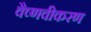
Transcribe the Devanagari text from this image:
वैष्णवीकरण